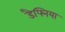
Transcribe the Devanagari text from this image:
डैफ्निया